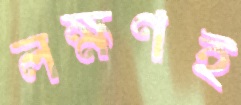
লক্ষণই